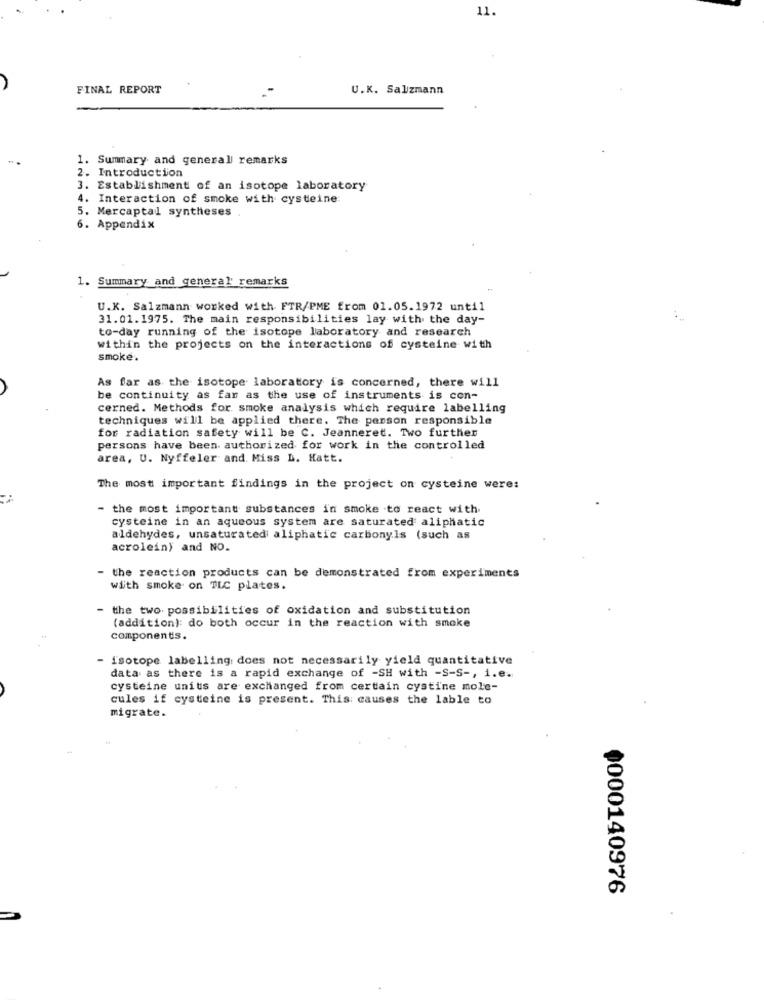
11.
FINAL REPORT
U.K. Salzmann
1. Summary and general remarks
2. Introduction
3. Establishment of an isotope laboratory
4. Interaction of smoke with cysteine:
5. Mercaptal syntheses
6. Appendix
1. Summary and general remarks
U.K. Salzmann worked with FTR/PME from 01.05.1972 until
31.01.1975. The main responsibilities lay with the day-
to-day running of the isotope laboratory and research
within the projects on the interactions of cysteine with
smoke.
As far as the isotope laboratory is concerned, there will
be continuity as far as the use of instruments is con-
cerned. Methods for smoke analysis which require labelling
techniques will be applied there. The person responsible
for radiation safety will be C. Jeanneret. Two further
persons have been authorized for work in the controlled
area, U. Nyffeler and Miss D. Hatt.
The most important findings in the project on cysteine were:
- the most important substances in smoke to react with
cysteine in an aqueous system are saturated aliphatic
aldehydes, unsaturated aliphatic carbonyls (such as
acrolein) and NO.
- the reaction products can be demonstrated from experiments
with smoke on TLC plates.
- the two. possibilities of oxidation and substitution
(addition): do both occur in the reaction with smoke
components.
isotope labelling does not necessarily yield quantitative
data as there is a rapid exchange of -SH with -S-S -, i.e.
cysteine units are exchanged from certain cystine mole-
cules if cysteine is present. This causes the lable to
migrate.
0000140976